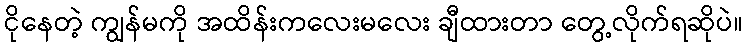
ငိုနေတဲ့ ကျွန်မကို အထိန်းကလေးမလေး ချီထားတာ တွေ့လိုက်ရဆိုပဲ။